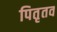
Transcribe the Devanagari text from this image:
पितृतव